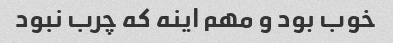
خوب بود و مهم اینه که چرب نبود